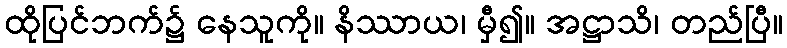
ထိုပြင်ဘက်၌ နေသူကို။ နိဿာယ၊ မှီ၍။ အဋ္ဌာသိ၊ တည်ပြီ။